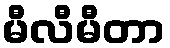
မီလီမီတာ